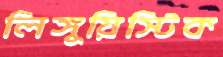
লিঙ্গুয়িস্টিক